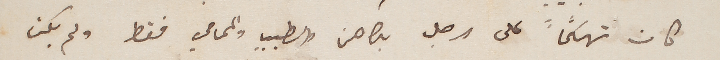
كان تهكُماً على الرجل بكاهن والطبيب والمحامي فقط ولم يكن